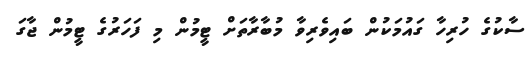
ސާކުގެ ހުރިހާ ގައުމަކުން ބައިވެރިވާ މުބާރާތަށް ޓީމުން މި ފަހަރުގެ ޓީމުން ޖާގަ